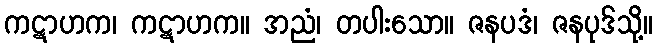
ကဋာဟက၊ ကဋာဟက။ အညံ၊ တပါးသော။ ဇနပဒံ၊ ဇနပုဒ်သို့။